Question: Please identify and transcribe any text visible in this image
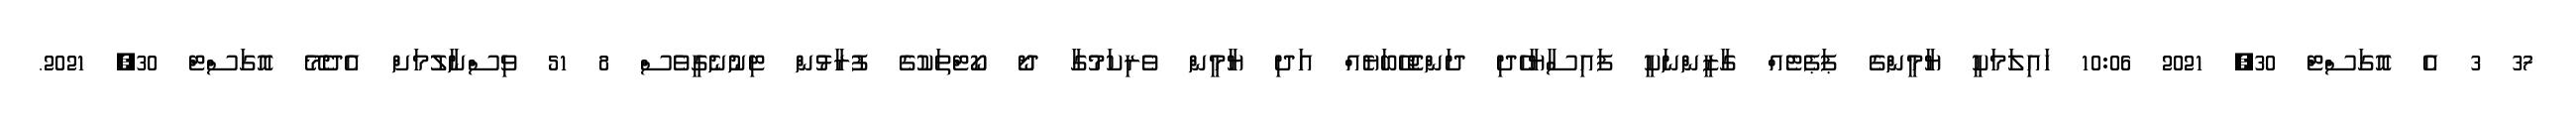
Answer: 37 3 އެ އޮގަސްޓް 30, 2021 10:06 ހައިލަމަކީ ޔާމީންގެ ޕަޕެޓެއް ގާޒީންނަކީ ފައިސާޔާހެދި ދަންޖެހޭބަޔެއް އަދި ޔާމީން ވެރިކަމުގާ ދޯ ކޯޓްތަކުގެ ފުރާޅުން ޓިނުނެގީވެސް 8 51 ވިސްނާލުމަށް އެދެމޭ އޮގަސްޓް 30, 2021.